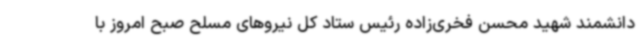
دانشمند شهید محسن فخری‌زاده رئیس ستاد کل نیروهای مسلح صبح امروز با